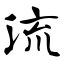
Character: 流